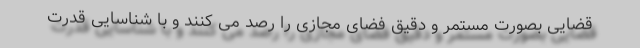
قضایی بصورت مستمر و دقیق فضای مجازی را رصد می کنند و با شناسایی قدرت